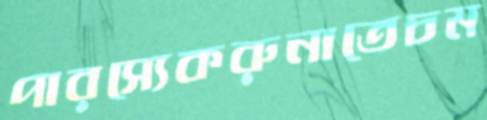
পারস্যেকরুনাতেচম